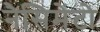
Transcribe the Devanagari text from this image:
नैसिमेंटो